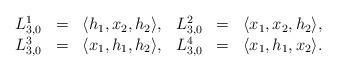
LaTeX: \begin{align*}\begin{array}{llllllllllll}L_{3, 0}^{1} &=& \langle h_1, x_2, h_2\rangle,&L_{3, 0}^{2} &=& \langle x_1, x_2, h_2 \rangle,\\L_{3, 0}^{3} &=& \langle x_1, h_1, h_2\rangle,&L_{3, 0}^{4} &=& \langle x_1, h_1, x_2\rangle.\end{array}\end{align*}